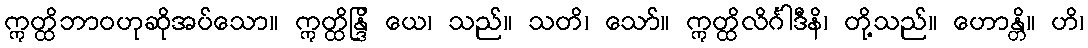
ဣတ္ထိဘာဝဟုဆိုအပ်သော။ ဣတ္ထိန္ဒြိ ယေ၊ သည်။ သတိ၊ သော်။ ဣတ္ထိလိင်္ဂါဒီနိ၊ တို့သည်။ ဟောန္တိ။ ဟိ၊